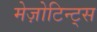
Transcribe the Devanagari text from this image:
मेज़ोटिन्ट्स